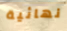
نهائية